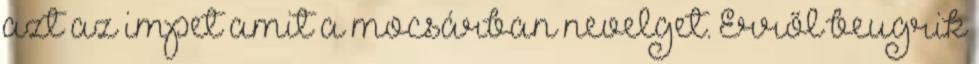
azt az impet amit a mocsárban nevelget. Erről beugrik